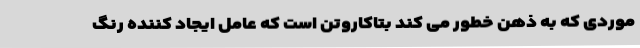
موردی که به ذهن خطور می کند بتاکاروتن است که عامل ایجاد کننده رنگ